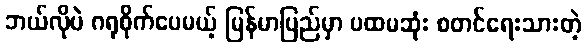
ဘယ်လိုပဲ ဂရုစိုက်ပေမယ့် မြန်မာပြည်မှာ ပထမဆုံး စတင်ရေးသားတဲ့